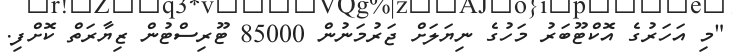
"މި އަހަރުގެ އޮކްޓޫބަރު މަހުގެ ނިޔަލަށް ޖަރުމަނުން 85000 ޓޫރިސްޓުން ޒިޔާރަތް ކޮށްފި.